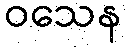
ဝသေန